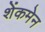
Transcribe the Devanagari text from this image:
शेंकमेन